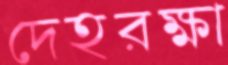
দেহরক্ষা